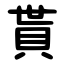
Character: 貰